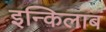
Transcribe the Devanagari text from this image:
इन्किलाब